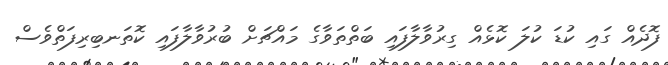
ފޮދެއް ގައި ކުޑަ ކުލަ ކޮޅެއް ގިރުވާލާފައި ބަތްތަވާގެ މައްޗަށް ބުރުވާލާފައި ކޮތަނބިރިފަތްވެސް